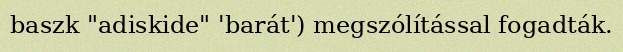
baszk "adiskide" 'barát') megszólítással fogadták.